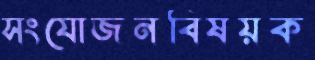
সংযোজনবিষয়ক